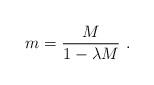
LaTeX: \begin{align*}m=\frac{M}{1-\lambda M}~.\end{align*}